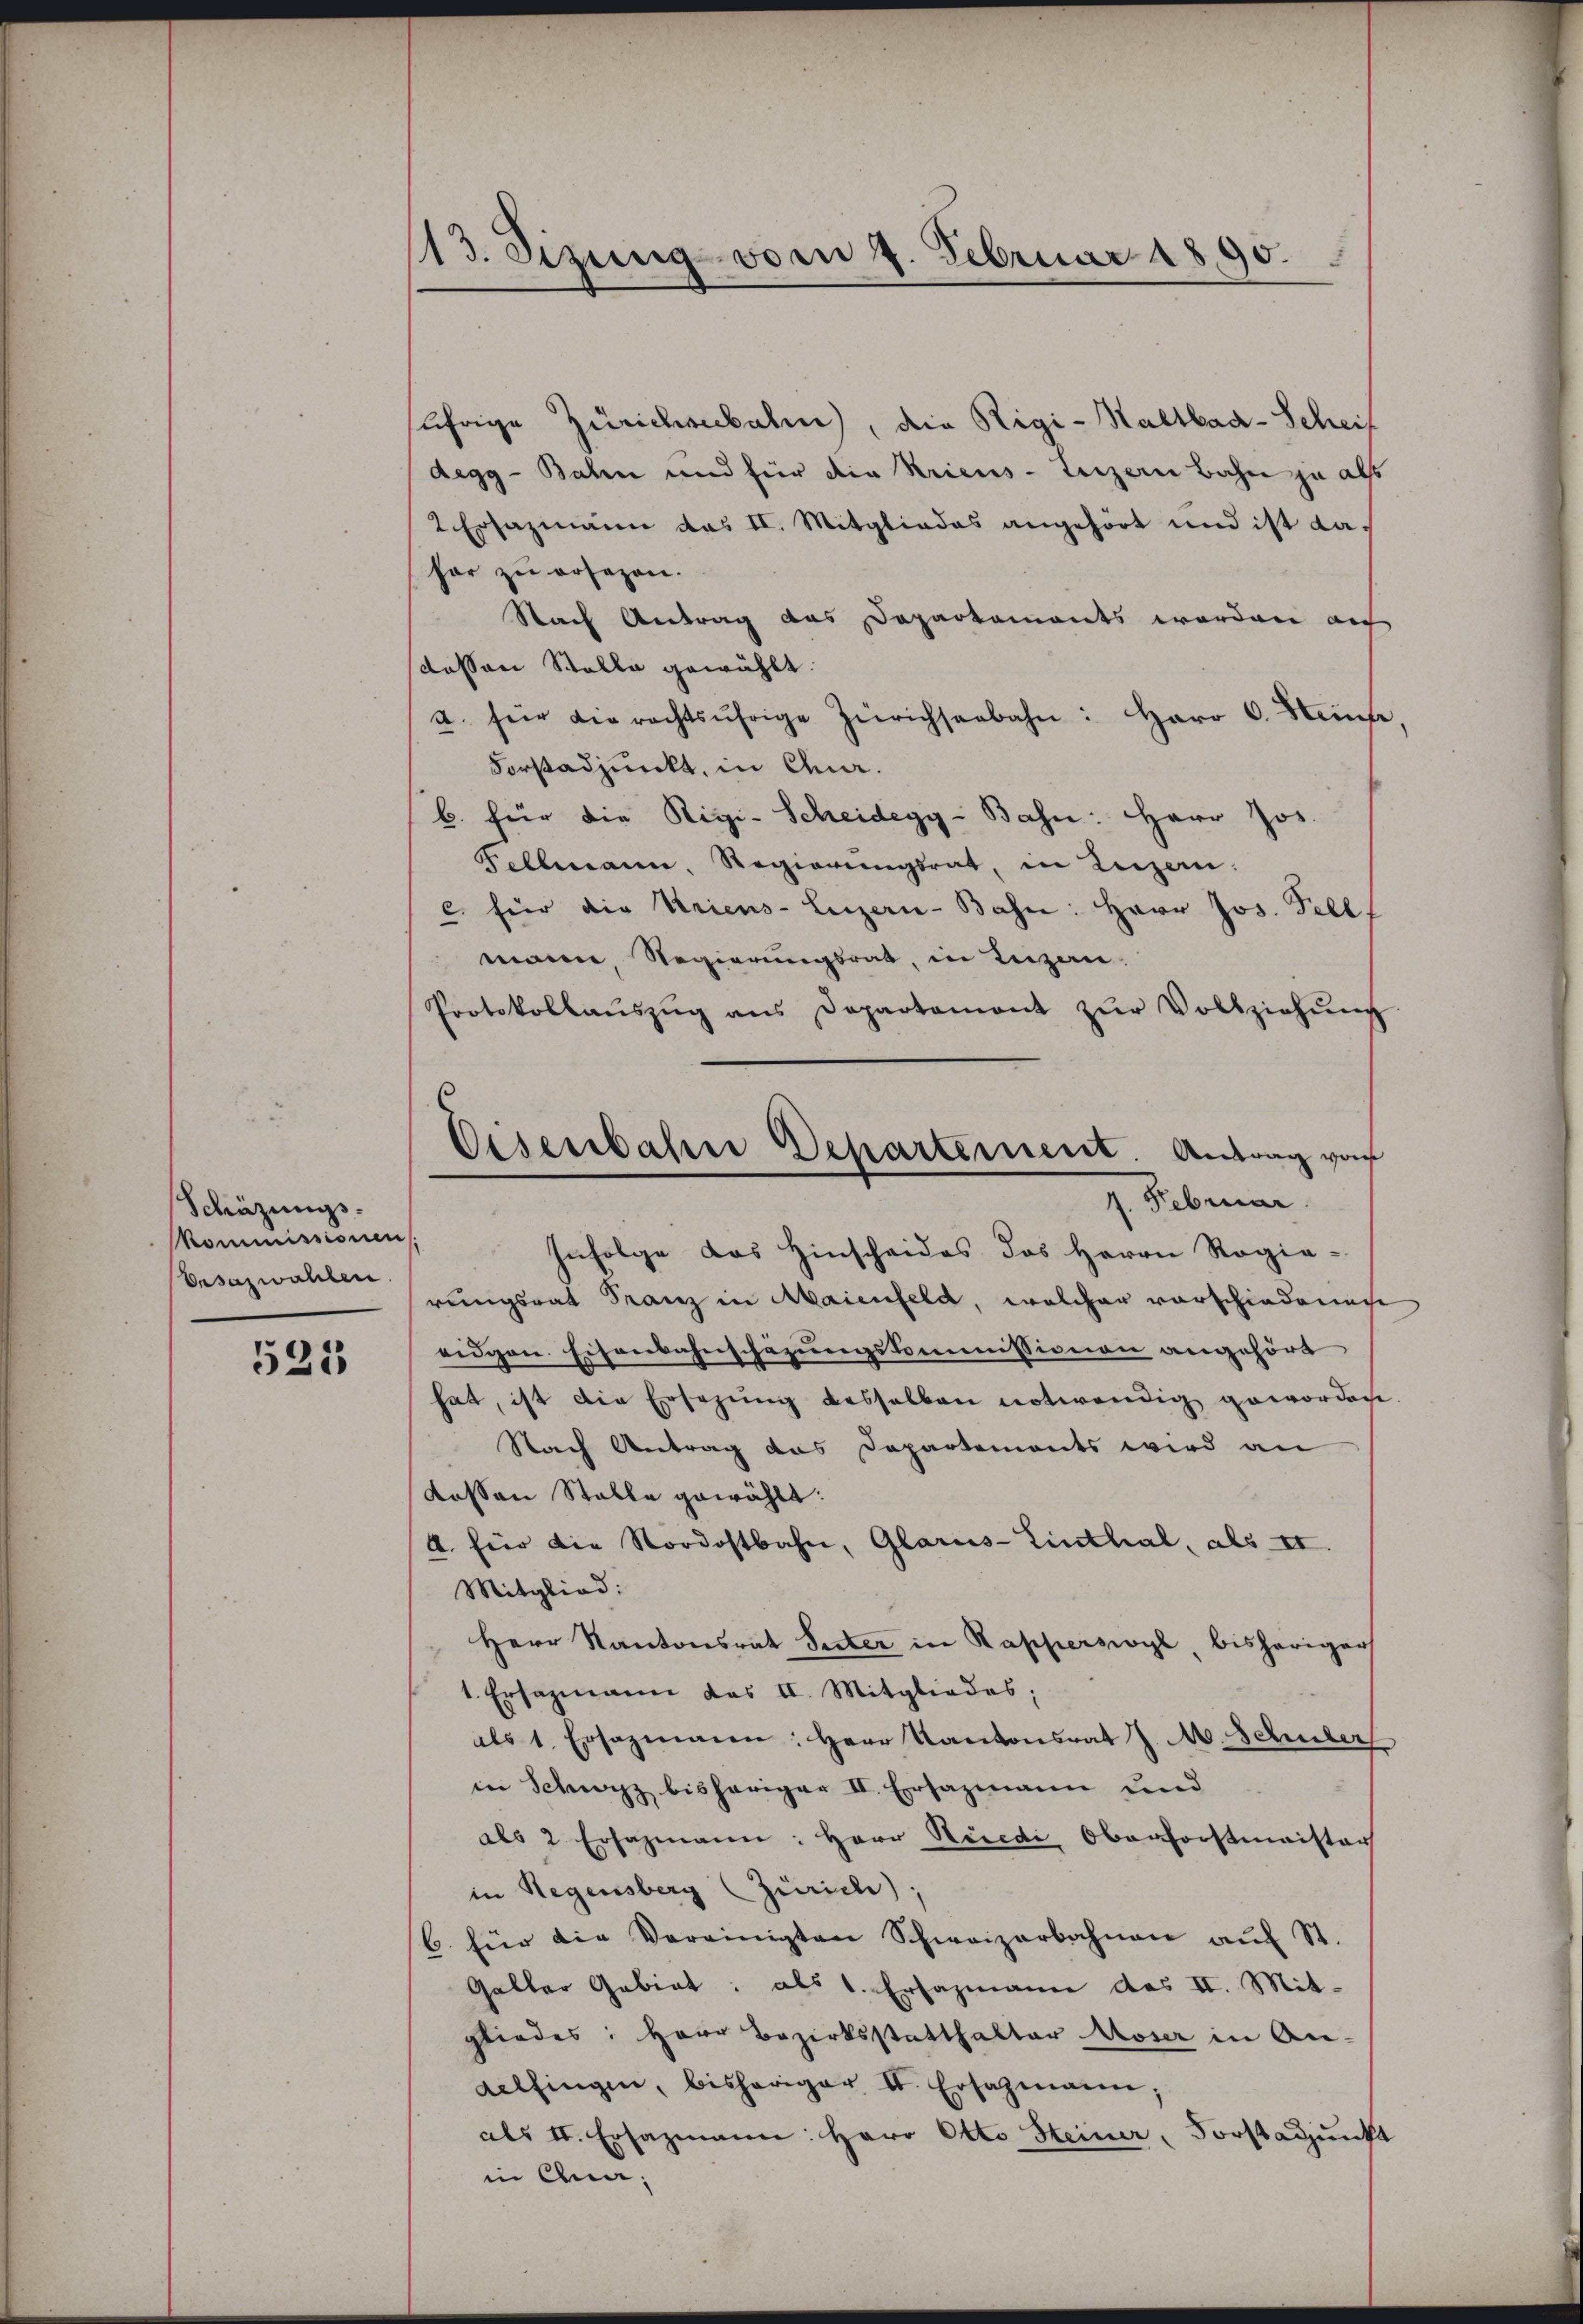
Schüzungs-
Kommissionen
Ensazwahlen

525

113. Sizung vom 7. Februar 1890.

jährige Zürichenbahn, die Rigi-Haltbad-Scheit
degg-Bahn und für die Kriens-Luzern Bahn ja also
2 Ersazmann das II. Mitgliedes angehört und ist dafar zu ersezen.
Nach Antrag das Departements worden auf
dossen Stolle gewählt.
a. für die rechtsŭhrige Zürichseebahn: Herr C. Heinte,
Forstadjunkt, in Cha
b. für die Rigi-Scheidegg - Bahn: HHerr Jos
Fellmann, Regierŭngsrat, in Luzern.
c für die Kriens- Luzern-Bahn: Herr Jos. Fell.
mann, Regierungsrat, in Luzen.
Protokollaŭszŭg ans Departemont zŭr Vollziehŭng
Infolge das Hinscheides das Herrn Regierungsrat Franz in Maienfeld, welcher vorschiedenen
eidgen. Eisenbahnschazungskommissionen angehört
hat, ist die Ersezung desselben notwendig geworden
Nach Antrag das Departements wird an
Kassen Stalle gewählt:
A. für die Nordostbahn, Glarus-Einthal, als II.
Mitglied:
Herr Kantonsrat Seiter in Rapperswyl, bisheriger
1. Ersazmann das II. Mitgliedes;
als 1. Ersazmann: Herr Kantonsrat J. M. Schüler
in Schwyz bisheriger II. Ersazmann und
als 2 Erhazmann: Herr Recedi Oberforstmeister
in Regensberg (Zürich),
6. für die Vereinigten Schweizerbahnen aŭf St.
Galler Gebiet: als 1. Ersazmann des II. Mitgliedes: Herr Bezirksstatthalter Moser in An-
delfingen, bisheriger II. Ersazmann;
als II. Ersazmann: Herr Otto Steiner, Forstadjunkt
in Ana,

Eisenbahne Departement. Antrag von
7. Februar